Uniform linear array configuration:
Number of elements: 16
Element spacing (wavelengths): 0.25
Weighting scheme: hann
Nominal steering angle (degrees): -30
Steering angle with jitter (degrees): -31.268
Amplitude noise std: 0.05
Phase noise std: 0.05

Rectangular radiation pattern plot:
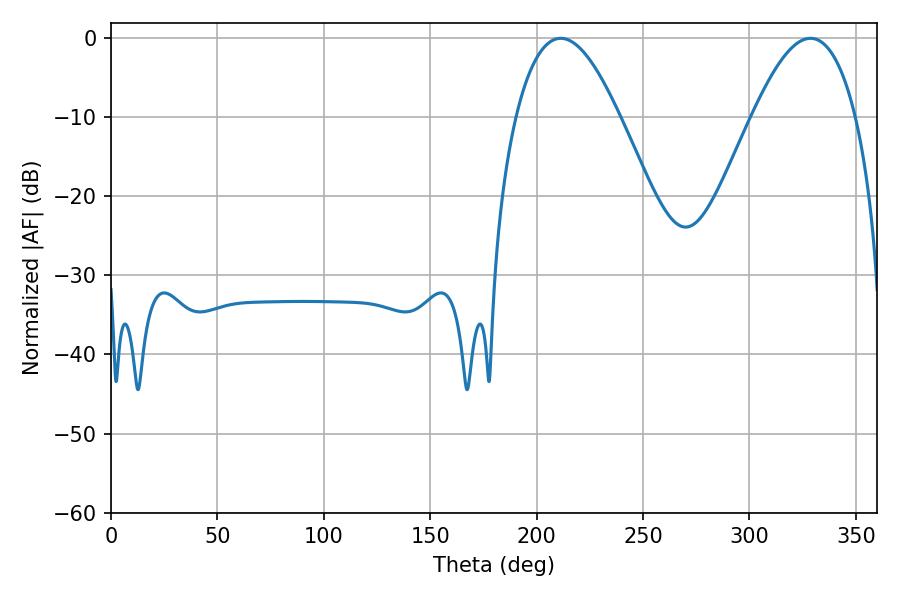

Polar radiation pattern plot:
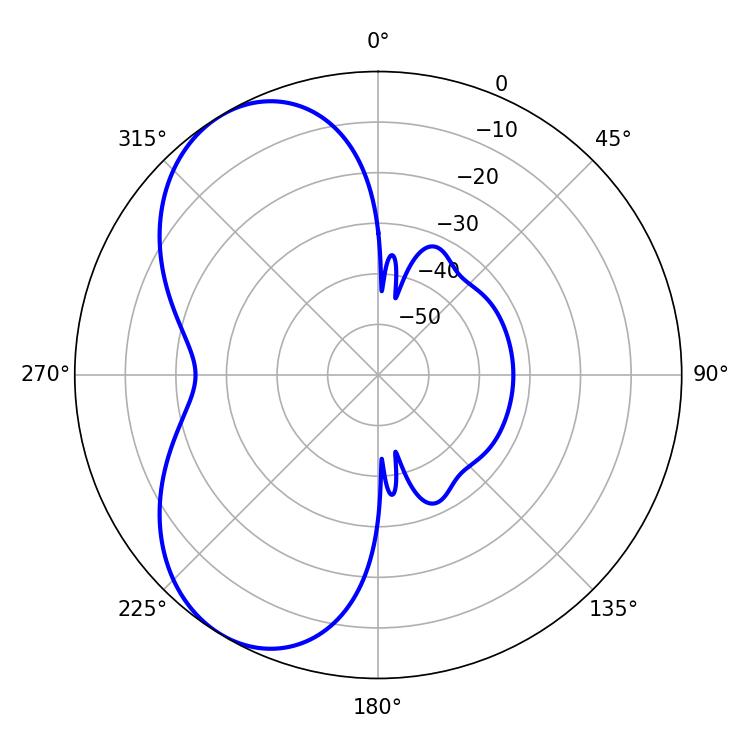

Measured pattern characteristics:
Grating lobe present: FALSE
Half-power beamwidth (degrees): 26.46
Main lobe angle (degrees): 211.32